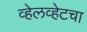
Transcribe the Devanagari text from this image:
व्हेलव्हेटचा